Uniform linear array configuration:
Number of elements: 48
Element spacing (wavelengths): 1
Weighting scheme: cosine
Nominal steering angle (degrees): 45
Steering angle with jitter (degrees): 43.038
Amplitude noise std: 0.05
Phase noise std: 0.05

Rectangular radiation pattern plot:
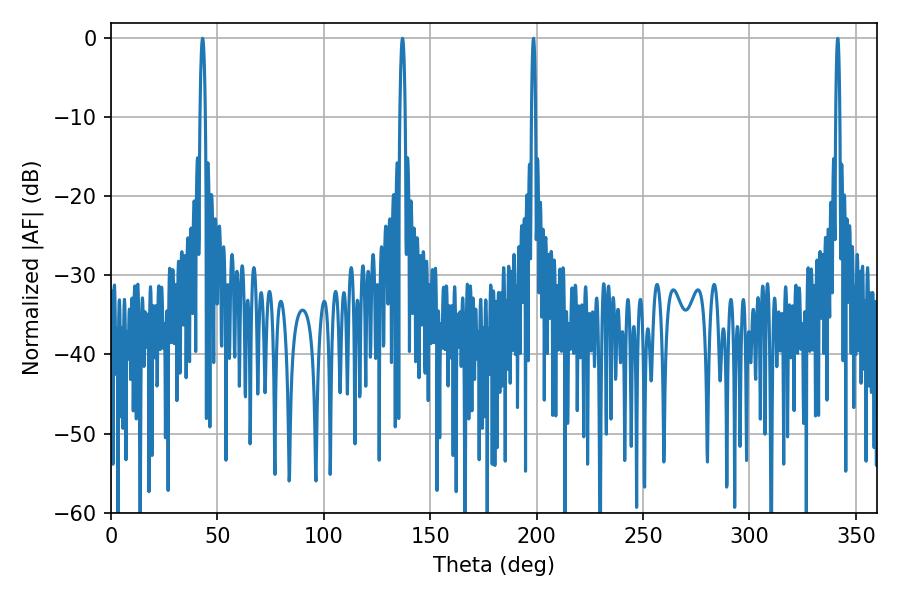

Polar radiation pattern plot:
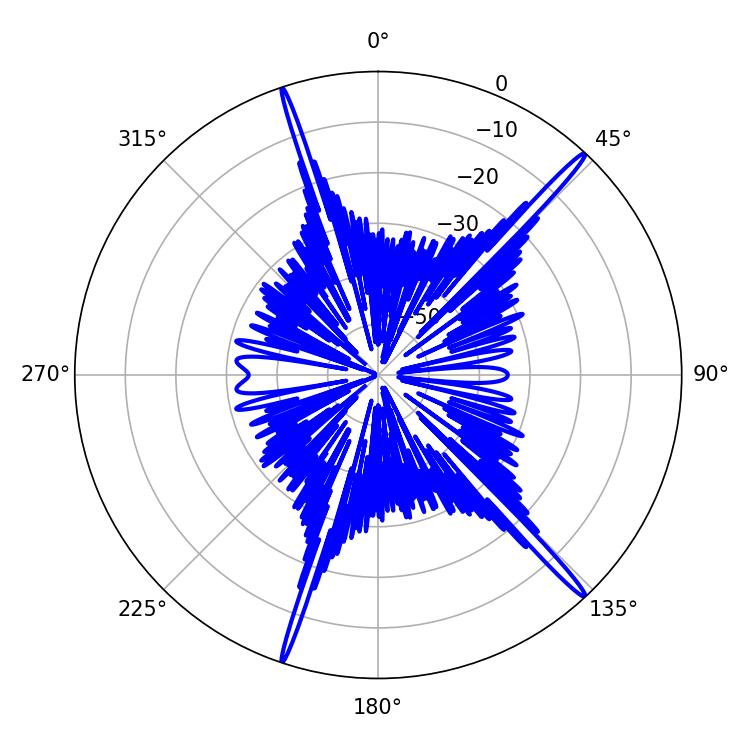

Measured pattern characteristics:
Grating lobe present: TRUE
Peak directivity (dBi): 19.03
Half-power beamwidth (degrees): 1.44
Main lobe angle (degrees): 43.02